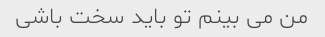
من می بینم تو باید سخت باشی